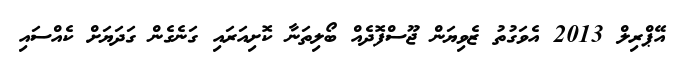
އޭޕްރިލް 2013 އެވަގުތު ޒެވިޔަން ޖޫސްފޮދެއް ބޯލިތަނާ ކޮށިއަރައި ގަނެގެން ގަދަޔަށް ކެއްސައި